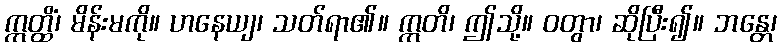
ဣတ္ထိံ၊ မိန်းမကို။ ဟနေယျ၊ သတ်ရာ၏။ ဣတိ၊ ဤသို့။ ဝတွာ၊ ဆိုပြီး၍။ ဘန္တေ၊